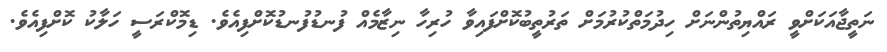
ނަތީޖާއަކަށްވީ ރައްޔިތުންނަށް ހިދުމަތްކުރުމަށް ތަރުތީބުކޮށްފައިވާ ހުރިހާ ނިޒާމެއް ފުނޑުފުނޑުކޮށްފިއެވެ. ޑިމޮކްރަސީ ހަލާކު ކޮށްފިއެވެ.